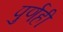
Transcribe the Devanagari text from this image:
पुर्णही